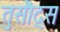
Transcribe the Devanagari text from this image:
तुसौद्स